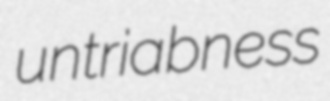
untriabness